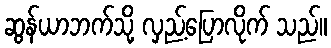
ဆွန်ယာဘက်သို့ လှည့်ပြောလိုက် သည်။